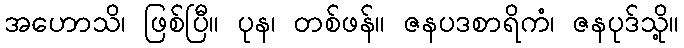
အဟောသိ၊ ဖြစ်ပြီ။ ပုန၊ တစ်ဖန်။ ဇနပဒစာရိကံ၊ ဇနပုဒ်သို့။